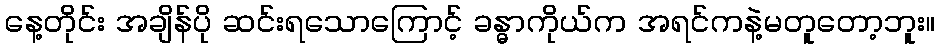
နေ့တိုင်း အချိန်ပို ဆင်းရသောကြောင့် ခန္ဓာကိုယ်က အရင်ကနဲ့မတူတော့ဘူး။